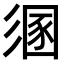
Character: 𢒤